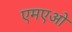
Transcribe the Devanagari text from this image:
एमएओ